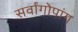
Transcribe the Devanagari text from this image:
सर्वांगोपांग